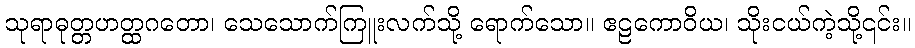
သုရာဓုတ္တဟတ္ထဂတော၊ သေသောက်ကြူးလက်သို့ ရောက်သော။ ဧဠကောဝိယ၊ သိုးငယ်ကဲ့သို့၎င်း။